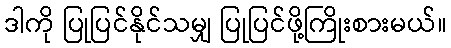
ဒါကို ပြုပြင်နိုင်သမျှ ပြုပြင်ဖို့ကြိုးစားမယ်။